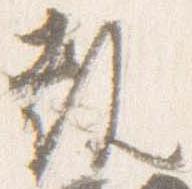
教